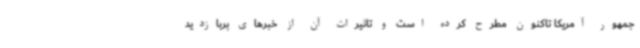
‌جمهور آمریکا تاکنون مطرح کرده است و تاثیرات آن از خبرهای پربازدید